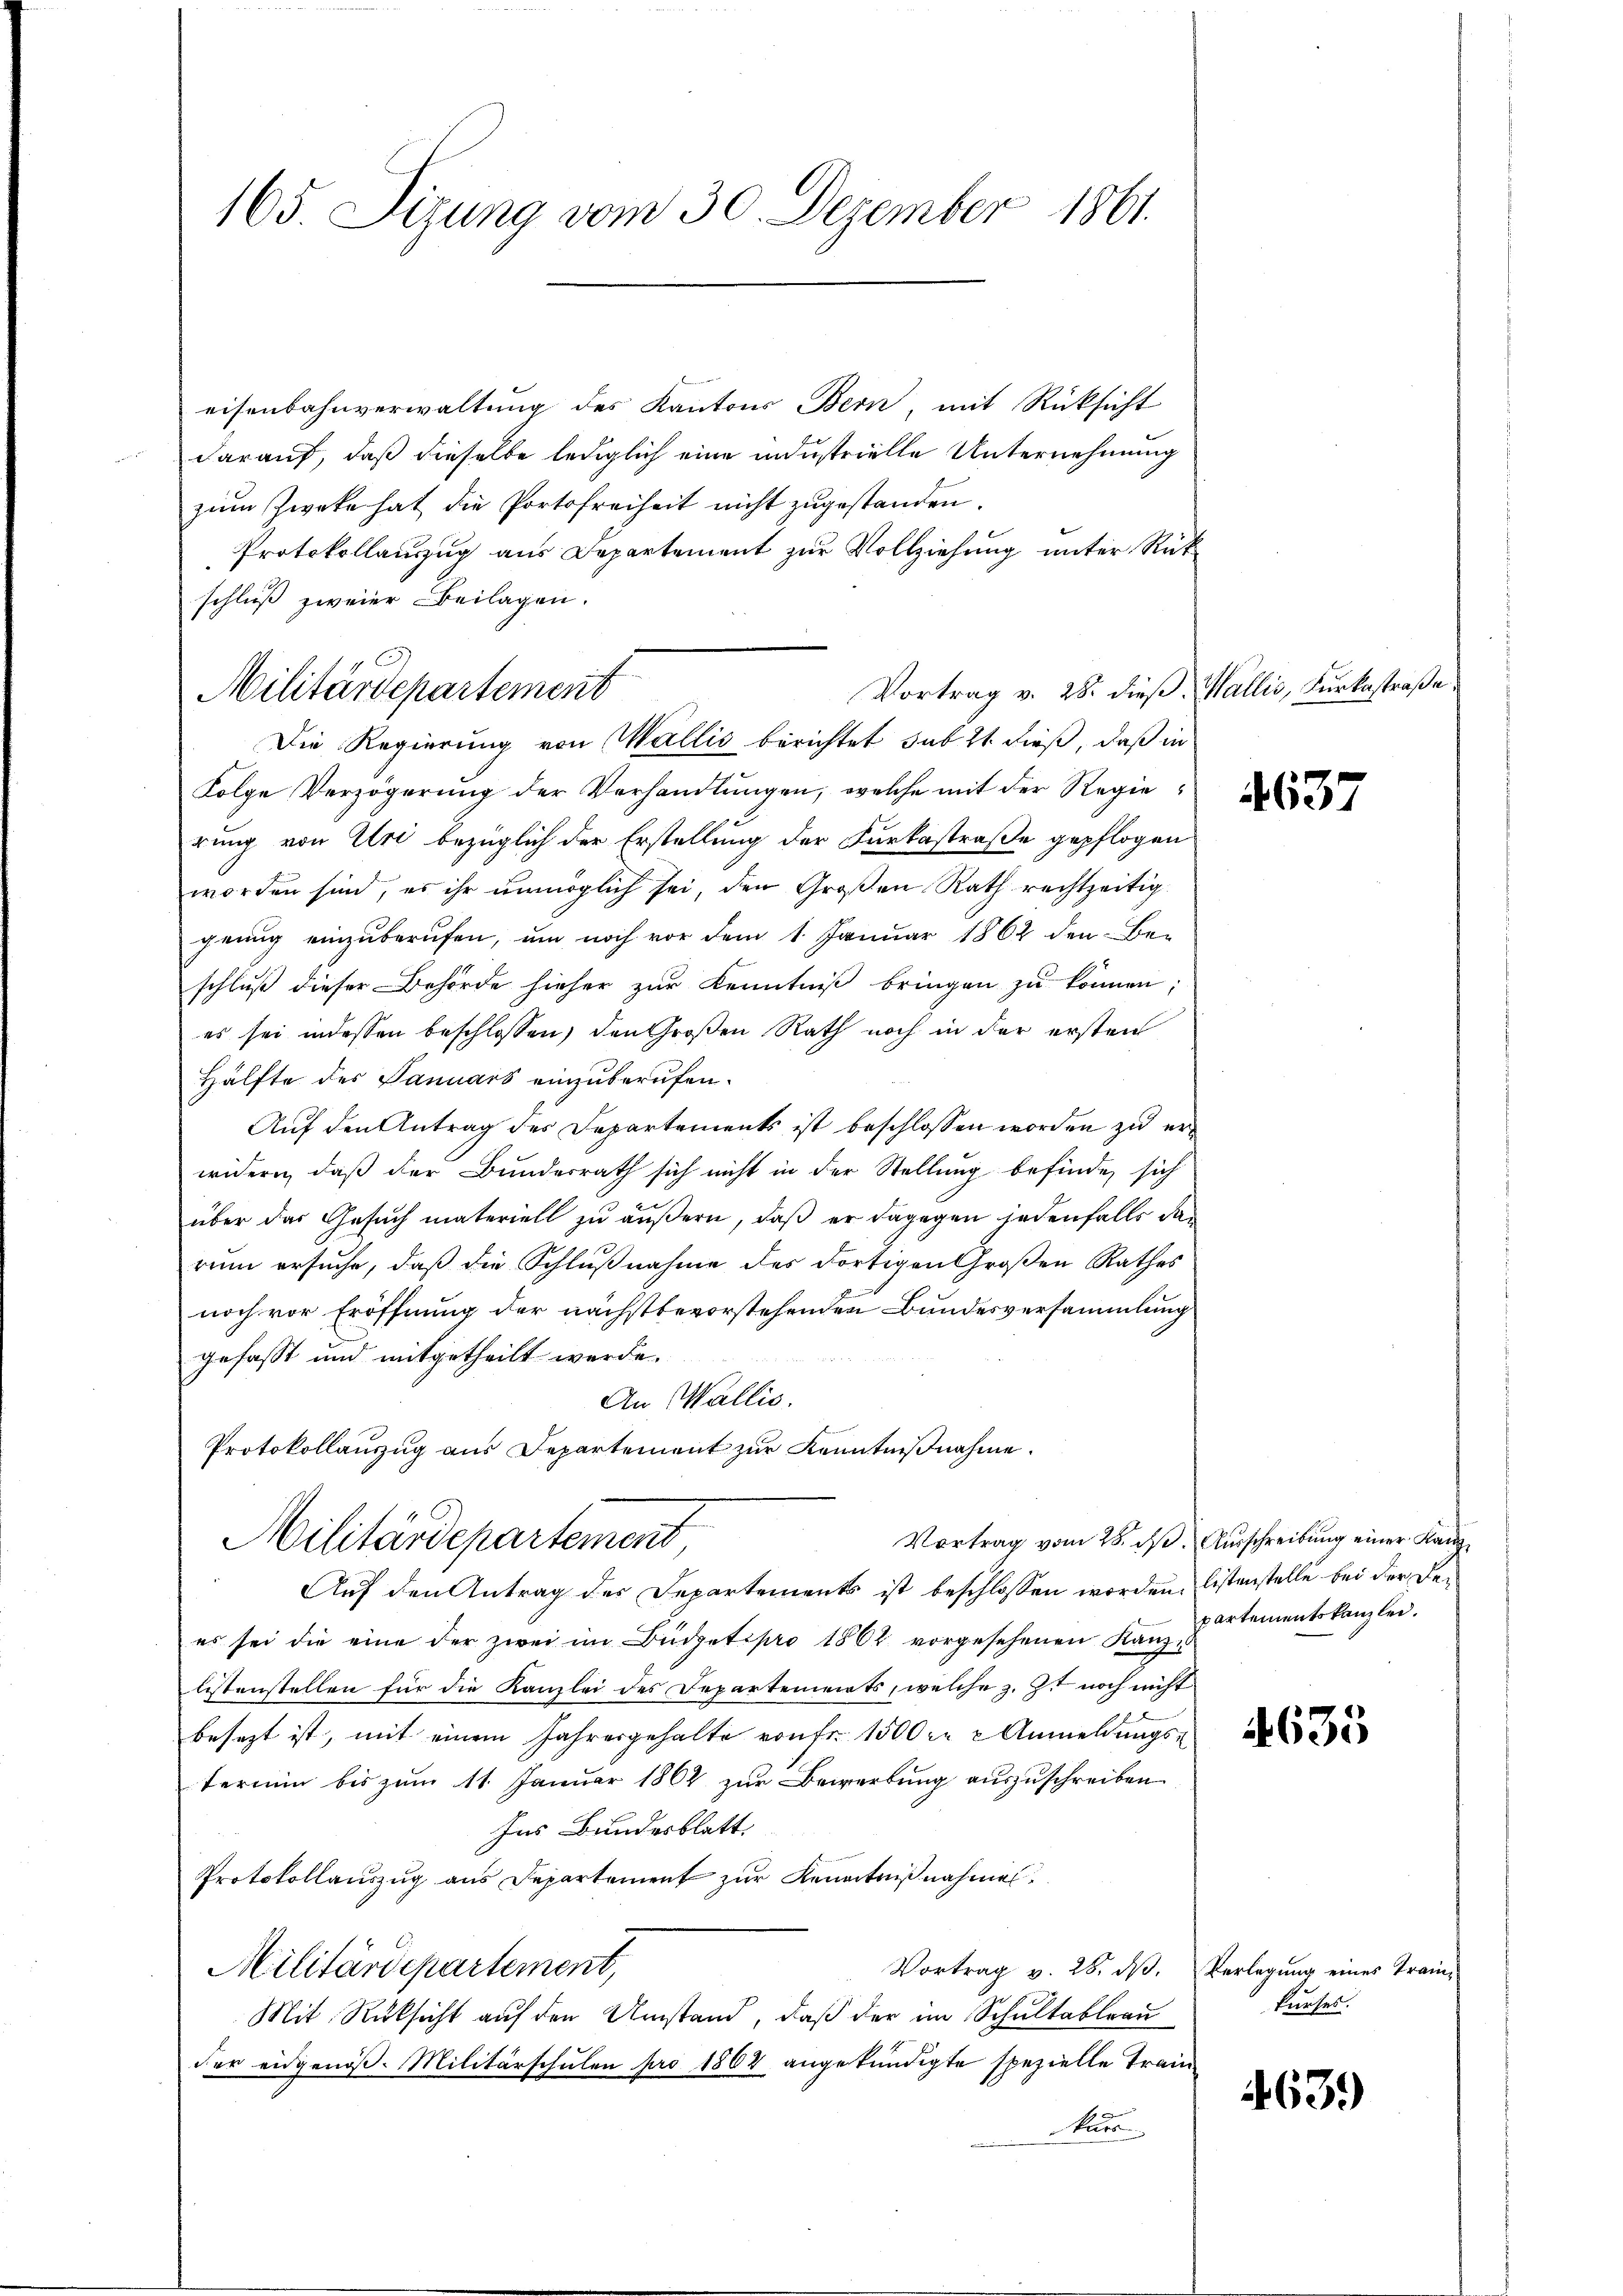
eisenbahnverwaltung des Kantons Bern, mit Rücksicht
darauf, daß dieselbe lediglich eine industrielle Unternehmung
zum Zwecke hat die Portofreiheit nicht zugestanden.
Protokollauszug aus Departement zur Vollziehung unter Rük
schluß zweier Beilagen.
Folge Verzögerŭng der Verhandlŭngen, welche mit der Regie
rung von Uri bezüglich der Erstellung der Furkastraße gepflogen
worden sind, es ihr unmöglich sei, den Großen Rath rechtzeitig
genug einzuberufen, um noch vor dem 1. Januar 1862 den Be-
schluß dieser Behörde hieher zur Kenntniß bringen zu können;
es sei indessen beschlossen, den Großen Rath noch in der ersten
Hälfte des Januars einzuberufen.
Auf den Antrag des Departements ist beschlossen worden zu erwidern, daß der Bundesrath sich nicht in der Stellung befinde, sich
über das Gesuch materiell zu äußern, daß er dagegen jedenfalls das
rum ersuche, daß die Schlußnahme des dortigen Großen Rathes
noch vor Eröffnung der nächstbevorstehenden Bundesversammlung
gefasst und mitgetheilt werde.
An Wallis.
Protokollauszug aus Departement zur Kenntnißnahme.
Vortrag vom 28. ds. Ausschreibung einer Kanz¬
Militärdepartement,
Auf den Antrag des Departements ist beschlossen worden, listenstelle bei der Dees sei die eine der zwei im Büdgetipro 1862 vorgesehenen Kanze
listenstellen für die Kanzlei des Departements, welche z. Zt noch nicht
besezt ist, mit einem Jahresgehalte von fr. 1500fr. 2 Anmeldungs-
terium bis zum 11. Januar 1862 zur Bewerbung auszuschreiben
hns Bundesblatt
Protokollauszug aus Departement zur Kenntnißnahmen.
Vortrag v. 28. dβ. Verlegung eines Train
Militärdepartement,
Mit Rücksicht auf den Umstand, daß der im Schultableau
der eidgenöß. Militärschulen pro 1864 angekündigte spezielle Train
kurs

165 Sizung vom 30. Dezember 1861.

Vortrag v. 28. dieß. Wallis, Furkastraße
Militärdepartement
Die Regierung von Wallis berichtet sub 21 dieß, daß in

partementskanzlei.

4633

kurses.

4639)